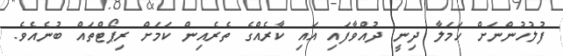
ފުލުހުންނަށް ހަމަލާ ދިނީ ދުއްވާފައި އައި ކާރެއްގެ ތެރެއިން ކަމަށް ރިޕޯޓްތައް ބުނެއެވެ.